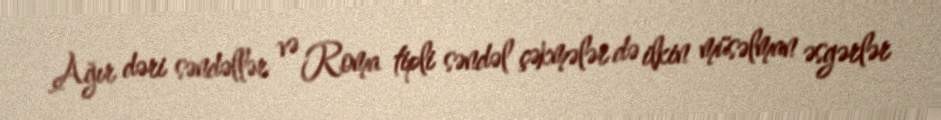
Ağır dəri səndəllər və Roma tipli səndəl çəkmələr də ilkin müsəlman əsgərlər